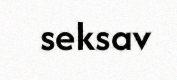
seksav